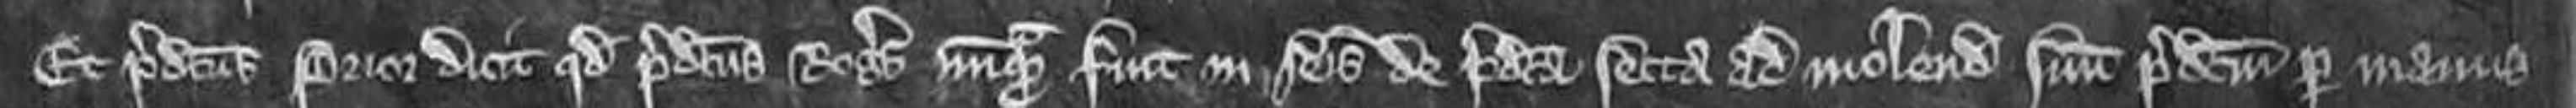
Et predictus Prior dicit quod predictus Rogerus nunquam fuit in seisina de predicta secta ad molendinum suum predictum per manus